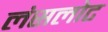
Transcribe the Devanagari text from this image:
लंसलोट